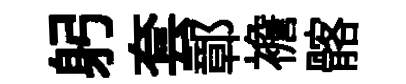
躬套鄣襜髂